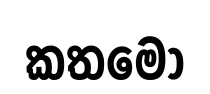
කතමො